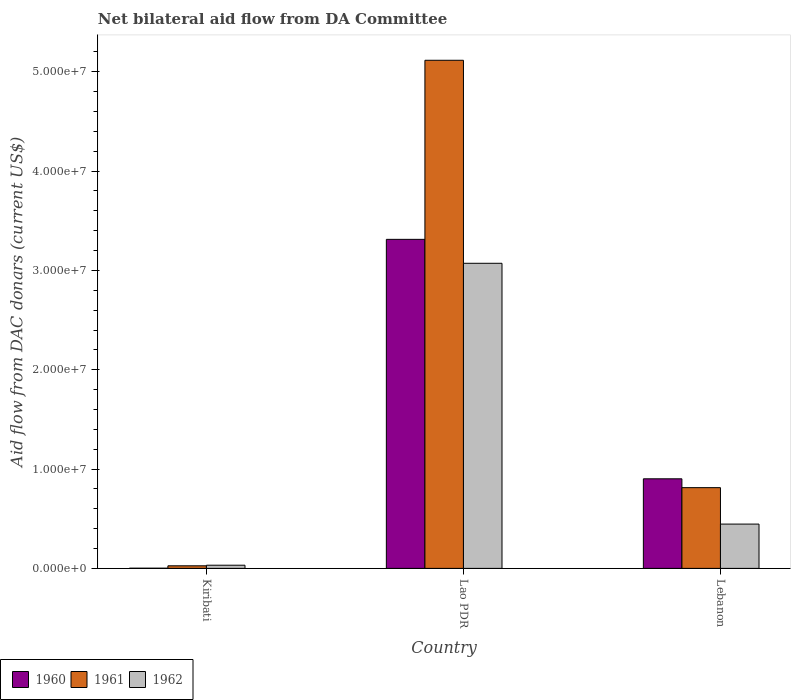
| Country | 1960 | 1961 | 1962 |
 | --- | --- | --- | --- |
 | Kiribati | 2e+04 | 2.6e+05 | 3.2e+05 |
 | Lao PDR | 3.31e+07 | 5.12e+07 | 3.07e+07 |
 | Lebanon | 9.02e+06 | 8.13e+06 | 4.46e+06 |